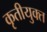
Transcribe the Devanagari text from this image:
कृतीयुक्त